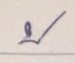
บน